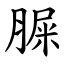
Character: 䐖